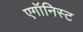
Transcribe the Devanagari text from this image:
एगॉनिस्ट